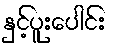
နှင့်ပူးပေါင်း